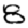
Digit: 8